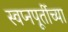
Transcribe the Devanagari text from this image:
स्वप्नपूर्तीच्या